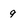
Character: q